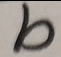
b